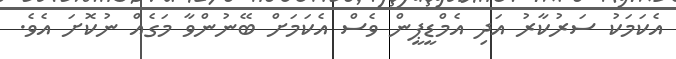
އެކަމަކު ސަރުކާރު އަދި އެމްޑީޕީން ވެސް އެކަމަށް ބޭނުންވާ މަގެއް ނުކޮށަ އެވެ.